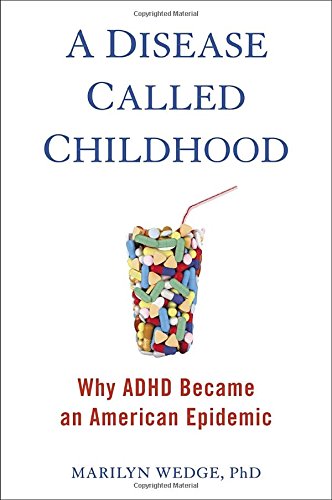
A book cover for A Disease Called Childhood: Why ADHD Became an American Epidemic; Marilyn Wedge; Parenting & Relationships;